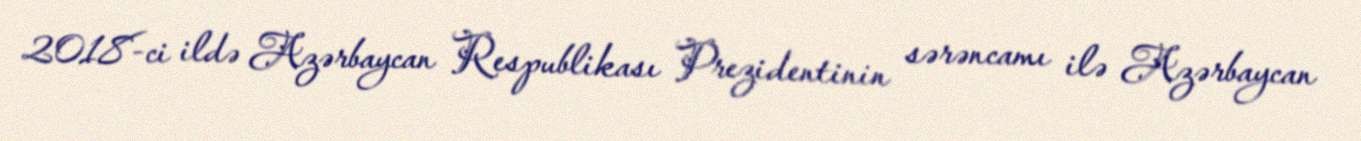
2018-ci ildə Azərbaycan Respublikası Prezidentinin sərəncamı ilə Azərbaycan